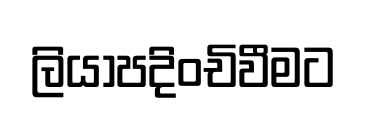
ලියාපදිංචිවීමට